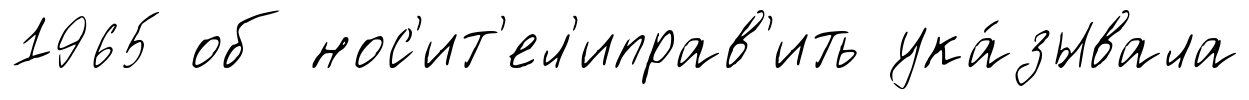
1965 об нос'ит'ел'иправ'ить ука́зывала